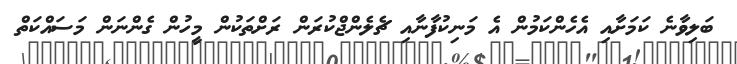
ބަލިވާނެ ކަމަށާއި އެހެންކަމުން އެ މަނިކުފާނާއި ޗެލެންޖްކުރަން ރަށްތަކުން މީހުން ގެންނަން މަސައްކަތް